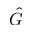
\hat { G }